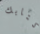
كتابك